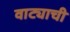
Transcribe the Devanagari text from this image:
वाट्याची